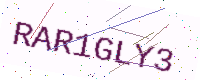
Text: RAR1GLY3